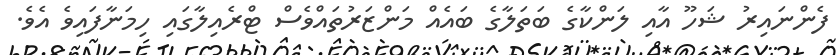
ފެންނައިރު ޝަހޫ އާއި ލަންކާގެ ބަތަލާގެ ބައެއް މަންޒަރުތައްވެސް ޓްރެއިލާގައި ހިމަނާފައިވެ އެވެ.